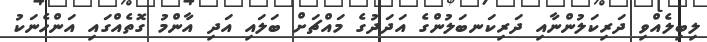
ލިބިލެއްވި ދަރިކަލުންނާއި ދަރިކަނބަލުންގެ އަދަދުގެ މައްޗަށް ބަލައި އަދި އާންމު ގޮތެއްގައި އަންހެނަކު